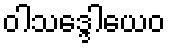
ဝါသဒ္ဒေါယေဝ